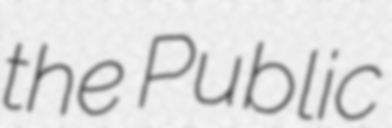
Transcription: the Public